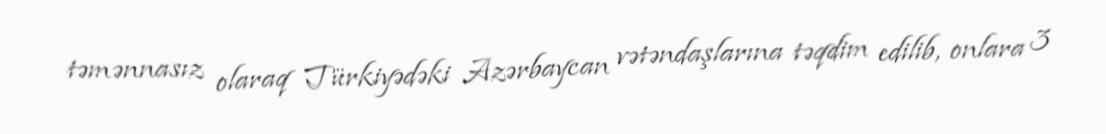
təmənnasız olaraq Türkiyədəki Azərbaycan vətəndaşlarına təqdim edilib, onlara 3